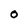
Character: 0